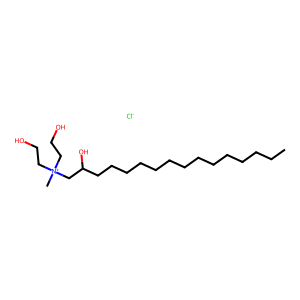
SMILES: CCCCCCCCCCCCCCC(O)C[N+](C)(CCO)CCO.[Cl-]
Inhibits HIV replication: No